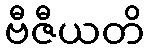
ဗီဇီယတိ